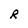
Character: R